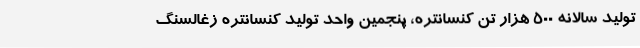
تولید سالانه 500 هزار تن کنسانتره، پنجمین واحد تولید کنسانتره زغالسنگ